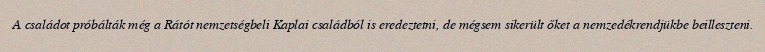
A családot próbálták még a Rátót nemzetségbeli Kaplai családból is eredeztetni, de mégsem sikerült őket a nemzedékrendjükbe beilleszteni.